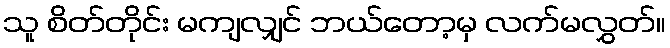
သူ စိတ်တိုင်း မကျလျှင် ဘယ်တော့မှ လက်မလွှတ်။